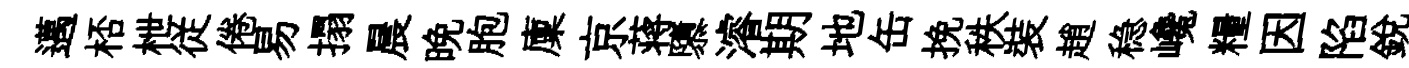
邁桮枻従倦易搨晨晚胞廩京蒋隳濬期地缶挽秩裝趙稳巉糧因陷銳